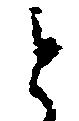
と